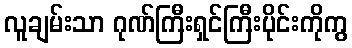
လူချမ်းသာ ဂုဏ်ကြီးရှင်ကြီးပိုင်းကိုကွ